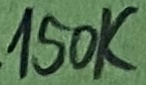
Text: 150K